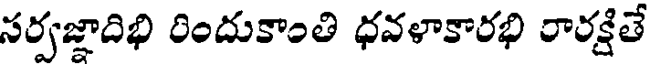
సర్వజ్ఞాదిభి రిందుకాంతి ధవళాకారభి రారక్షితే